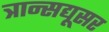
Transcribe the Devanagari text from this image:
त्रान्सद्यूसर